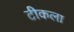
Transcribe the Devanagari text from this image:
टीकला